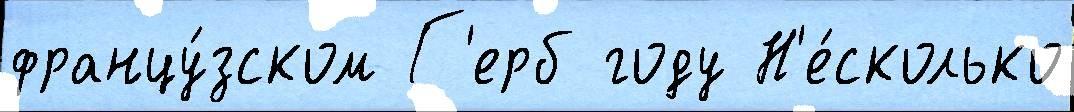
францу́зском Г'ерб году Н'е́сколько